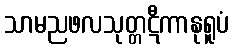
သာမညဖလသုတ္တဋီကာနုရူပံ